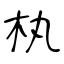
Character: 𣏒